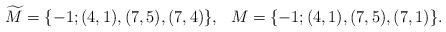
LaTeX: \begin{align*}\widetilde{M} = \{-1;(4,1),(7,5),(7,4)\}, \ \ M = \{-1;(4,1),(7,5),(7,1)\}.\end{align*}